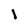
Character: 1